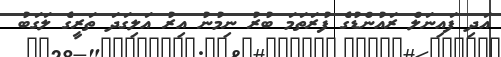
އަދި ފައިނަލް ރައުންޑުގެ ފުރަތަމަ ބުރު ނިމުނު އިރު އަލިގަދަ ތަރީގެ ލަގަބު